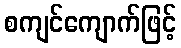
စကျင်ကျောက်ဖြင့်